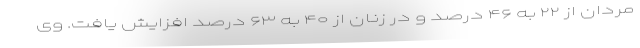
مردان از ۲۲ به ۴۶ درصد و در زنان از ۴۰ به ۶۳ درصد افزایش یافت. وی